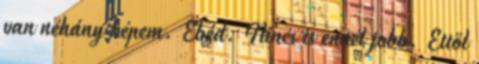
van néhány képem. Ebéd. Nincs is ennél jobb. Ettől